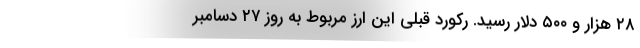
۲۸ هزار و ۵۰۰ دلار رسید. رکورد قبلی این ارز مربوط به روز ۲۷ دسامبر